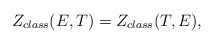
\begin{align*}Z_{class} (E,T)=Z_{class}(T,E),\end{align*}